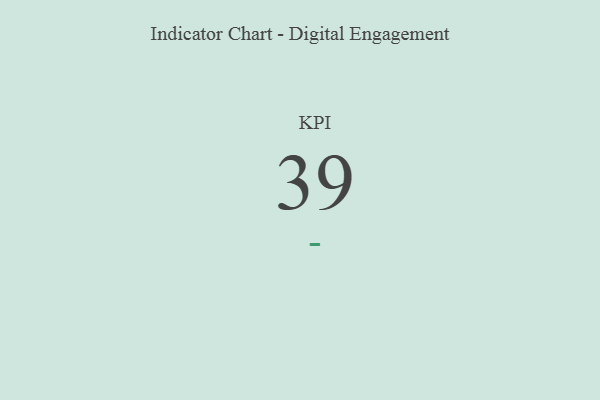
{"axis": {"x": "KPI", "y": "Value"}, "legend": [""], "data": [{"x": "KPI", "y": 39, "type": ""}]}